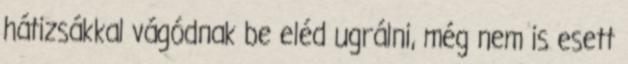
hátizsákkal vágódnak be eléd ugrálni, még nem is esett